Annual administration report of the Civil Veterinary Department of India - 1897-1898
Year: 1897
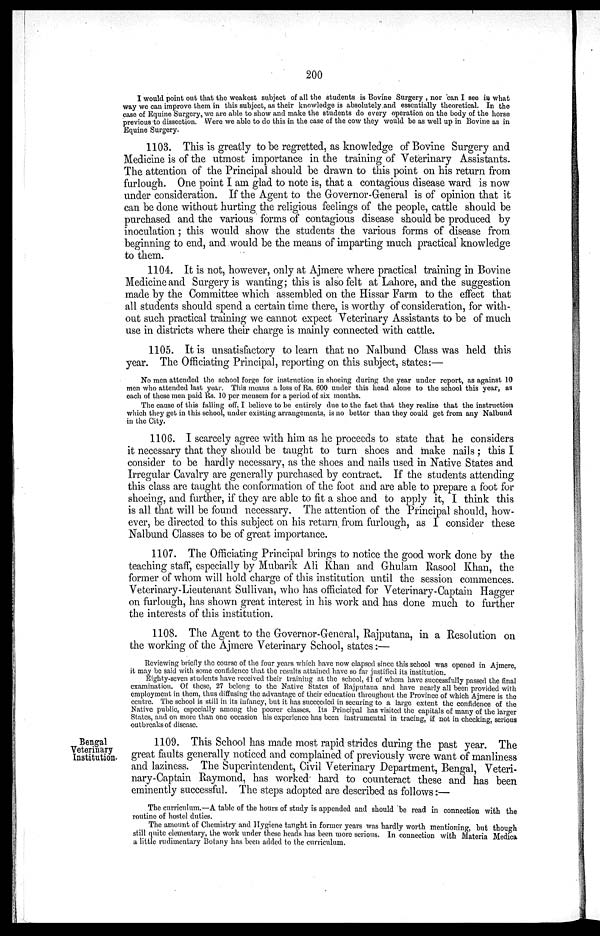
200
I would point out that the weakest subject of all the students is Bovine Surgery , nor can I see in what
way we can improve them in this subject, as their knowledge is absolutely and essentially theoretical. In the
case of Equine Surgery, we are able to show and make the students do every operation on the body of the horse
previous to dissection. Were we able to do this in the case of the cow they would be as well up in Bovine as in
Equine Surgery.
1103. This is greatly to be regretted, as knowledge of Bovine Surgery and
Medicine is of the utmost importance in the training of Veterinary Assistants.
The attention of the Principal should be drawn to this point on his return from
furlough. One point I am glad to note is, that a contagious disease ward is now
under consideration. If the Agent to the Governor-General is of opinion that it
can be done without hurting the religious feelings of the people, cattle should be
purchased and the various forms of contagious disease should be produced by
inoculation; this would show the students the various forms of disease from
beginning to end, and would be the means of imparting much practical knowledge
to them.
1104. It is not, however, only at Ajmere where practical training in Bovine
Medicine and Surgery is wanting; this is also felt at Lahore, and the suggestion
made by the Committee which assembled on the Hissar Farm to the effect that
all students should spend a certain time there, is worthy of consideration, for with-
out such practical training we cannot expect Veterinary Assistants to be of much
use in districts where their charge is mainly connected with cattle.
1105. It is unsatisfactory to learn that no Nalbund Class was held this
year. The Officiating Principal, reporting on this subject, states:—
No men attended the school forge for instruction in shoeing during the year under report, as against 10
men who attended last year. This means a loss of Rs. 600 under this head alone to the school this year, as
each of these men paid Rs. 10 per mensem for a period of six months.
The cause of this falling off, I believe to be entirely due to the fact that they realize that the instruction
which they get in this school, under existing arrangements, is no better than they could get from any Nalbund
in the City.
1106. I scarcely agree with him as he proceeds to state that he considers
it necessary that they should be taught to turn shoes and make nails; this I
consider to be hardly necessary, as the shoes and nails used in Native States and
Irregular Cavalry are generally purchased by contract. If the students attending
this class are taught the conformation of the foot and are able to prepare a foot for
shoeing, and further, if they are able to fit a shoe and to apply it, I think this
is all that will be found necessary. The attention of the Principal should, how-
ever, be directed to this subject on his return from furlough, as I consider these
Nalbund Classes to be of great importance.
1107. The Officiating Principal brings to notice the good work done by the
teaching staff, especially by Mubarik Ali Khan and Ghulam Rasool Khan, the
former of whom will hold charge of this institution until the session commences.
Veterinary-Lieutenant Sullivan, who has officiated for Veterinary-Captain Hagger
on furlough, has shown great interest in his work and has done much to further
the interests of this institution.
1108. The Agent to the Governor-General, Rajputana, in a Resolution on
the working of the Ajmere Veterinary School, states:—
Reviewing briefly the course of the four years which have now elapsed since this school was opened in Ajmere,
it may be said with some confidence that the results attained have so far justified its institution.
Eighty-seven students have received their training at the school. 41 of whom have successfully passed the final
examination. Of these, 27 belong to the Native States of Rajputana and have nearly all been provided with
employment in them, thus diffusing the advantage of their education throughout the Province of which Ajmere is the
centre. The school is still in its infancy, but it has succeeded in securing to a large extent the confidence of the
Native public, especially among the poorer classes. Its Principal has visited the capitals of many of the larger
States, and on more than one occasion his experience has been instrumental in tracing, if not in checking, serious
outbreaks of disease.
Bengal
Veterinary
Institution.
1109. This School has made most rapid strides during the past year. The
great faults generally noticed and complained of previously were want of manliness
and laziness. The Superintendent, Civil Veterinary Department, Bengal, Veteri-
nary-Captain Raymond, has worked hard to counteract these and has been
eminently successful. The steps adopted are described as follows:—
The curriculum.—A table of the hours of study is appended and should be read in connection with the
routine of hostel duties.
The amount of Chemistry and Hygiene taught in former years was hardly worth mentioning, but though
still quite elementary, the work under these heads has been more serious. In connection with Materia Medica
a little rudimentary Botany has been added to the curriculum.